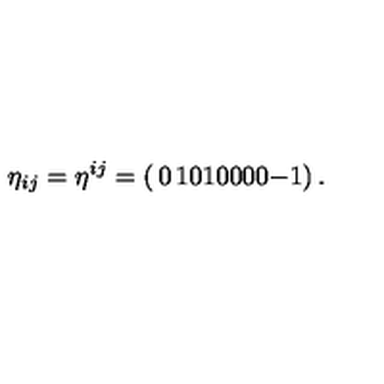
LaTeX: \eta _ { i j } = \eta ^ { i j } = \left( \begin{matrix} { 0 } & { 1 } & { 0 } \\ { 1 } & { 0 } & { 0 } \\ { 0 } & { 0 } & { - 1 } \\ \end{matrix} \right) .